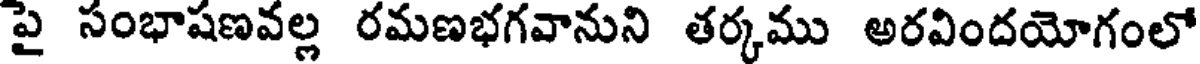
పై సంభాషణవల్ల రమణభగవానుని తర్కము అరవిందయోగంలో